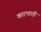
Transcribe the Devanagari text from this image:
कारभारही